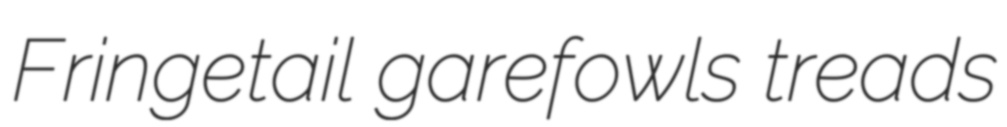
Fringetail garefowls treads